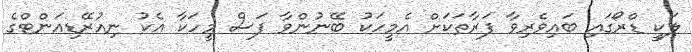
ލަކީ ޑްރޯގައި ބައިވެރިވާ ފަރާތަކަށް އެމީހަކު ބޭނުންވާ ފަސް މީހަކާ އެކު ނިއުރޭޑިއަންޓްގެ